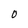
Character: O